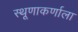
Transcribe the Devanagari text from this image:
स्थूणाकर्णाला